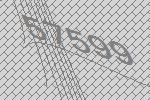
57599